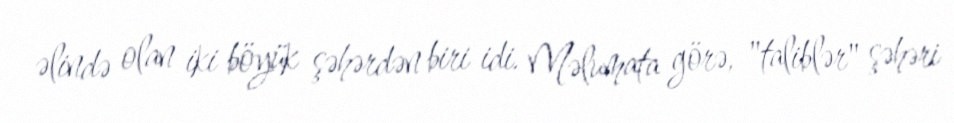
əlində olan iki böyük şəhərdən biri idi. Məlumata görə, "taliblər" şəhəri